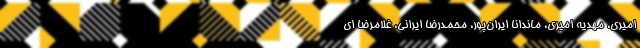
امیری، مهدیه امیری، ماندانا ایران‌پور، محمدرضا ایرانی، غلامرضا ای